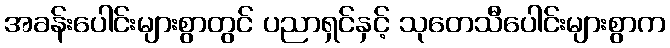
အခန်းပေါင်းများစွာတွင် ပညာရှင်နှင့် သုတေသီပေါင်းများစွာက